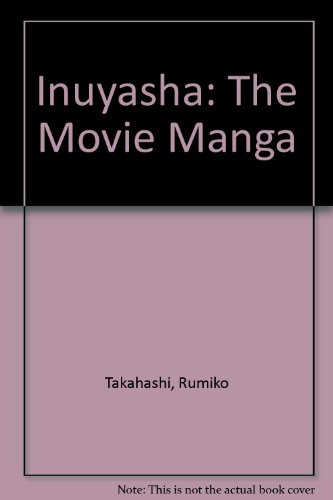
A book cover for Inuyasha: Movie Manga; Rumiko Takahashi; Comics & Graphic Novels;